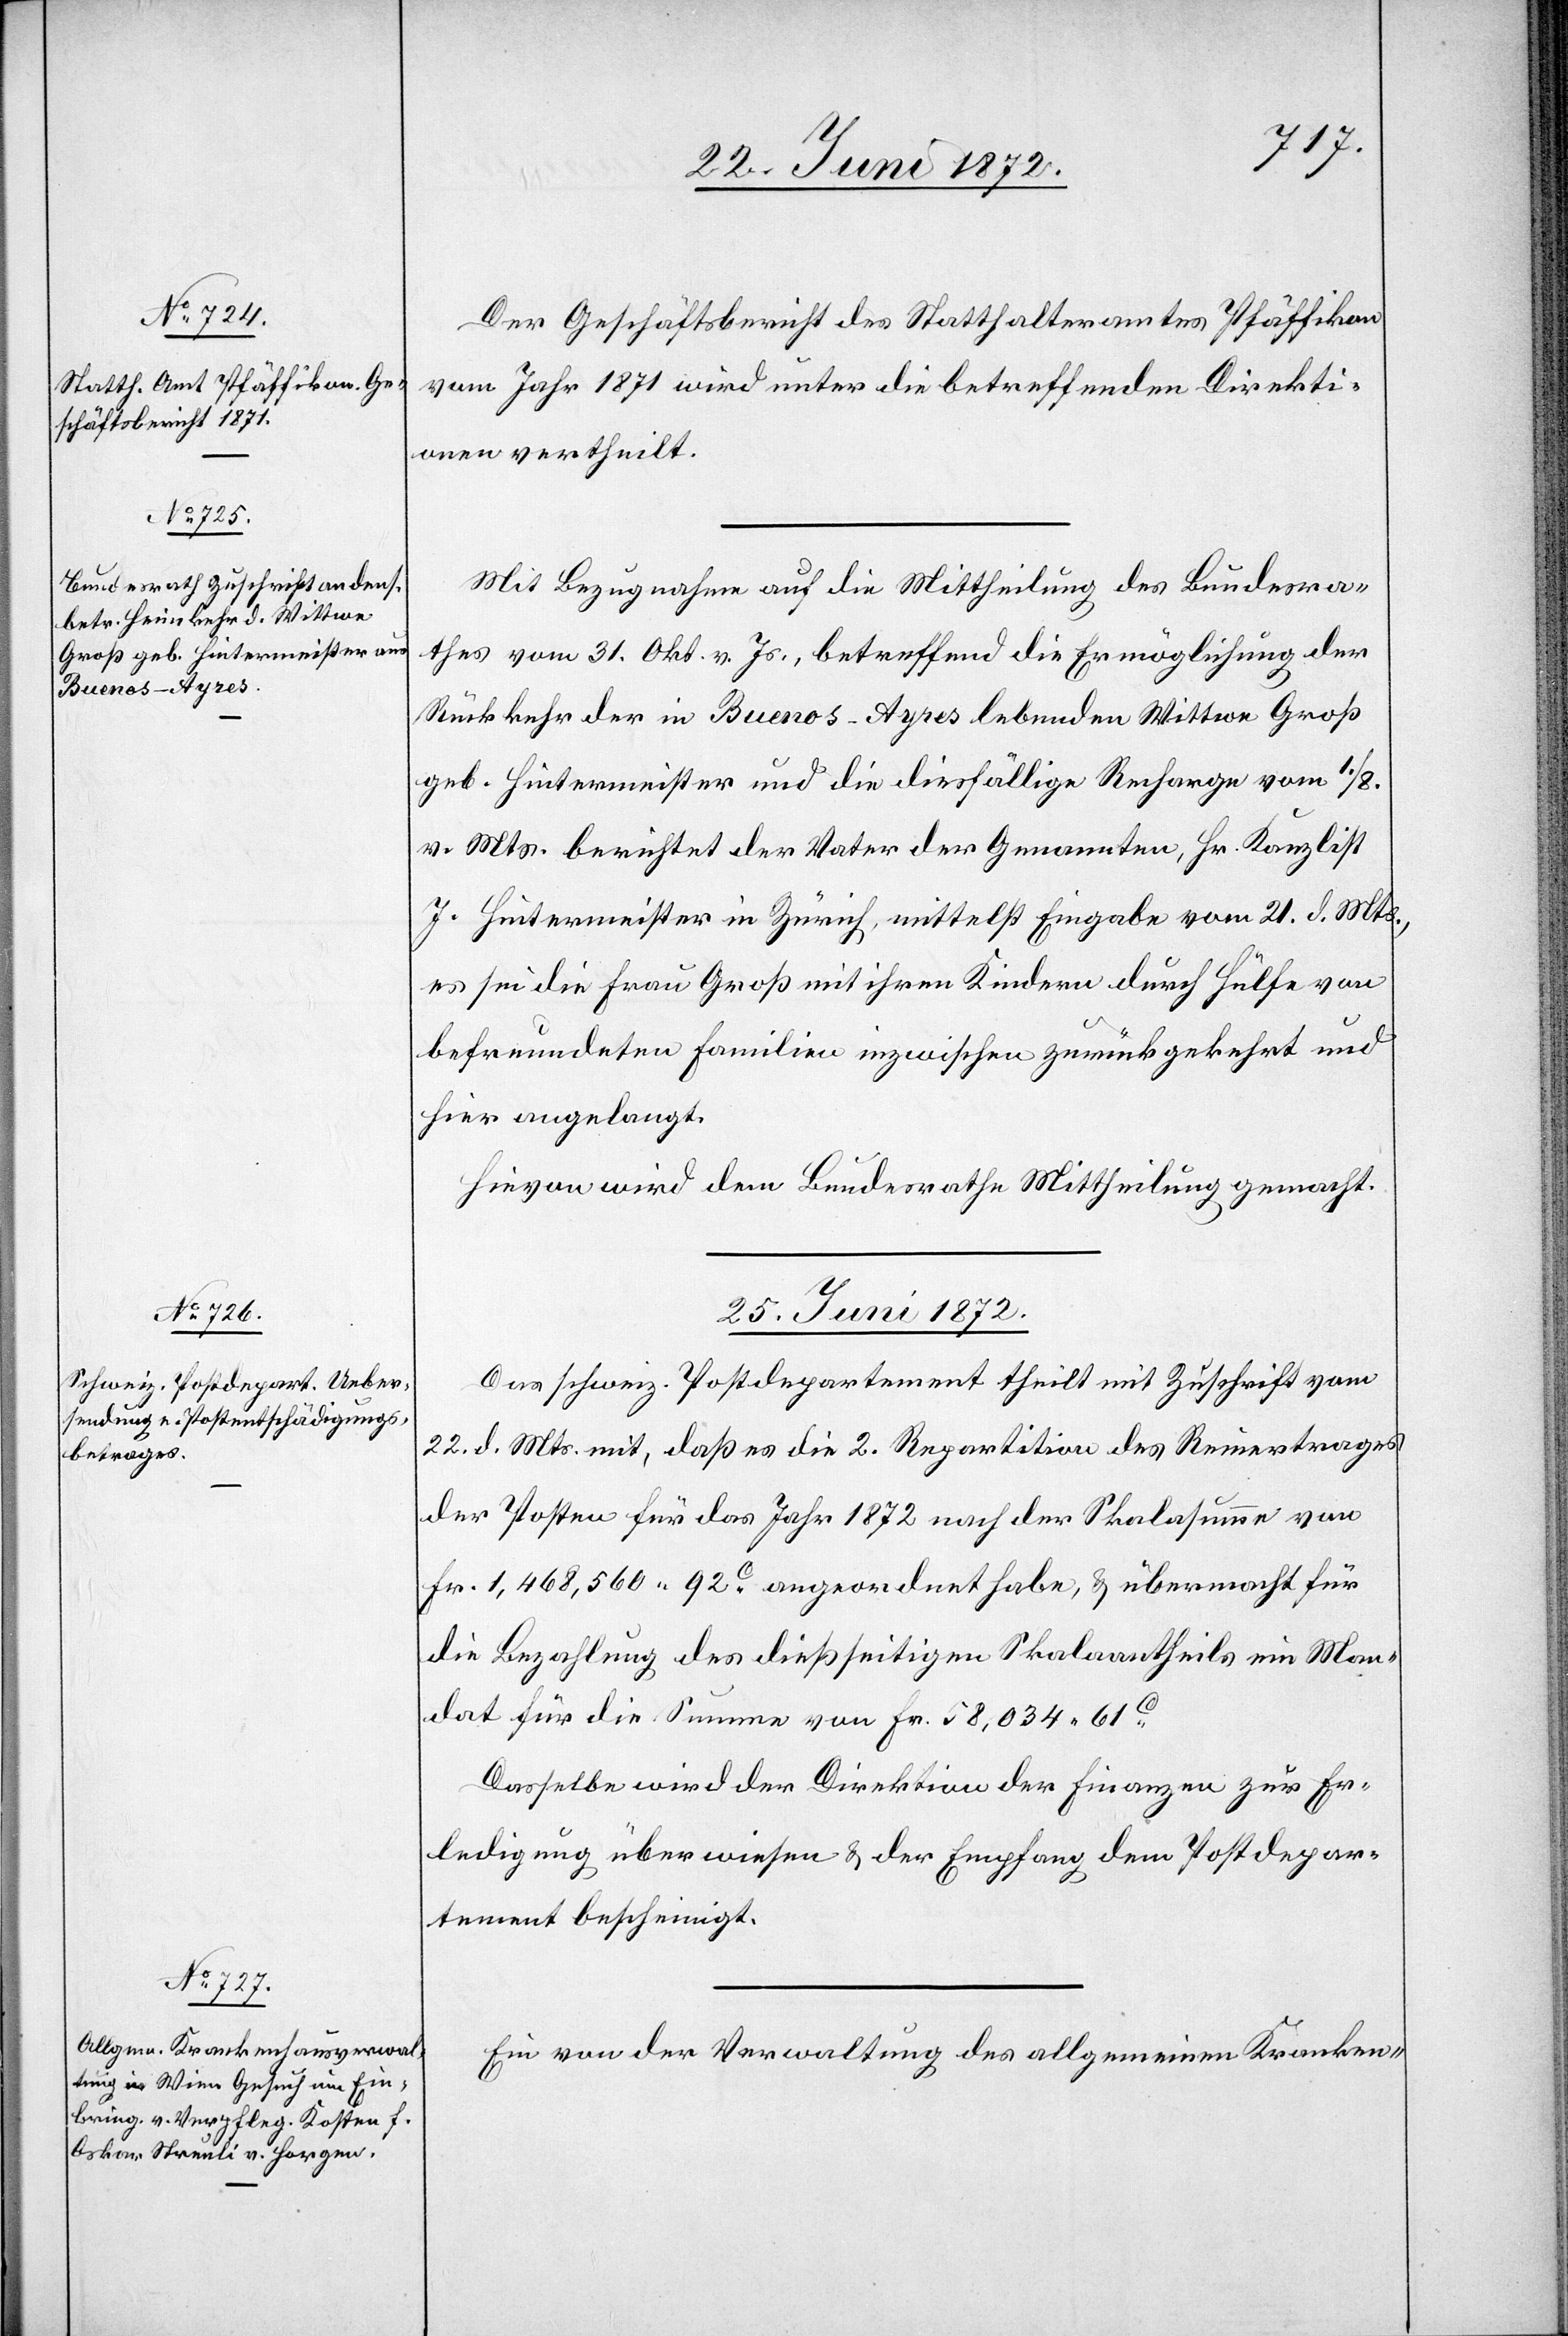
24. Juni 1872.]
Der Geschäftsbericht des Statthalteramtes Pfäffikon
vom Jahr 1871 wird unter die betreffenden Direkti¬
onen vertheilt.
Mit Bezugnahme auf die Mittheilung des Bundesra¬
thes vom 31. Okt. v. Js., betreffend die Ermöglichung der
Rückkehr der in Buenos-Ayres lebenden Wittwe Groß
geb. Hintermeister und die diesfällige Recharge vom 1./8.
v. Mts. berichtet der Vater der Genannten, Hr. Kanzlist
J. Hintermeister in Zürich, mittelst Eingabe vom 21. d. Mts.,
es sei die Frau Groß mit ihren Kindern durch Hülfe von
befreundeten Familien inzwischen zurückgekehrt und
hier angelangt.
Hievon wird dem Bundesrathe Mittheilung gemacht.
25. Juni 1872.]
Das schweiz. Postdepartement theilt mit Zuschrift vom
22. d. Mts. mit, daß es die 2. Repartition des Reinertrages
der Posten für das Jahr 1872 nach der Skalasumme von
Fr. 1,468,560 92C angeordnet habe, u. übermacht für
die Bezahlung des dießseitigen Skalaantheils ein Man¬
dat für die Summe von Fr. 58,034 611C.
Dasselbe wird der Direktion der Finanzen zur Er¬
ledigung überwiesen u. der Empfang dem Postdepar¬
tement bescheinigt.
Ein von der Verwaltung des allgemeinen Kranken-